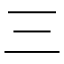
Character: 三